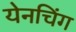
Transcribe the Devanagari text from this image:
येनचिंग